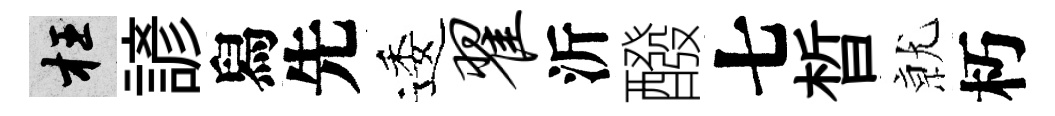
枉諺舄先逶翟沂醱七晳𭕒朽